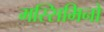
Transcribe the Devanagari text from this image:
मस्सिमिनो